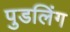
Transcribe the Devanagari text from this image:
पुडलिंग